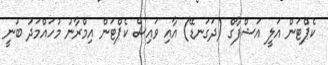
ކެޕްޓަން އަލީ އަޝްފާގް (ދަގަނޑޭ) އާއި ވައިސް ކެޕްޓަން އިމްރާނު މުހައްމަދު ބުނީ